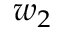
w _ { 2 }